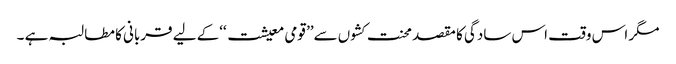
مگر اس وقت اس سادگی کا مقصد محنت کشوں سے’’ قومی معیشت ‘‘کے لیے قربانی کا مطالبہ ہے ۔